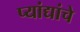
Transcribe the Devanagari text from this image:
प्यांद्यांचे